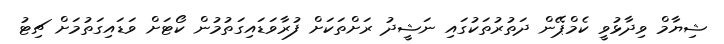
ޝިޔާމް ވިދާޅުވީ ކެމްޕޭން ދަތުރުތަކުގައި ނަޝީދު ރަށްތަކަށް ފުރާވަޑައިގަތުމުން ކޯޓަށް ވަޑައިގަތުމަށް ޗިޓު